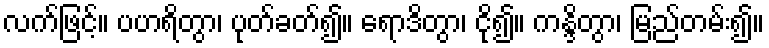
လက်ဖြင့်။ ပဟရိတွာ၊ ပုတ်ခတ်၍။ ရောဒိတွာ၊ ငို၍။ ကန္ဒိတွာ၊ မြည်တမ်း၍။